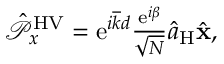
\begin{array} { r } { \hat { \mathcal P } _ { x } ^ { \mathrm { H V } } = \mathrm { e } ^ { i \overline { { k } } d } \frac { \mathrm { e } ^ { i \beta } } { \sqrt { N } } \hat { a } _ { \mathrm { H } } \hat { \bf x } , } \end{array}